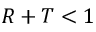
R + T < 1